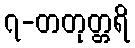
၇-တတုတ္တရိ